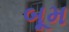
બૂમ